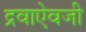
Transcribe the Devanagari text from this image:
द्रवाऐवजी